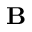
{ \bf B }